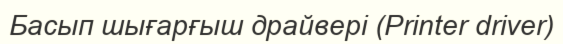
Басып шығарғыш драйвері (Printer driver)